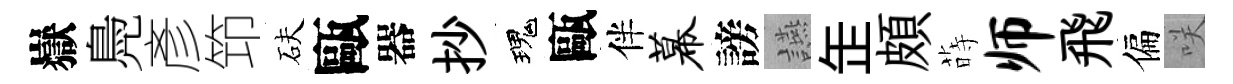
嶽鳧彥笻砆甌器抄瑰甌伴幕謗讌𦈢頗蒔师飛偏咲